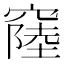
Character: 𥨁